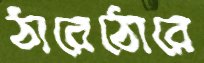
ঠারেঠোরে